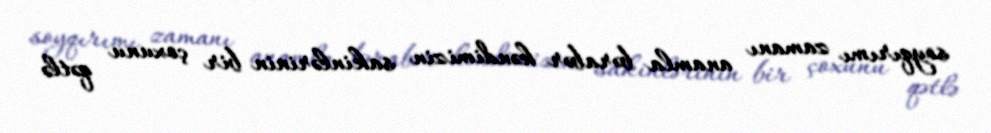
soyqırımı zamanı anamla bərabər kəndimizin sakinlərinin bir çoxunu qətlə